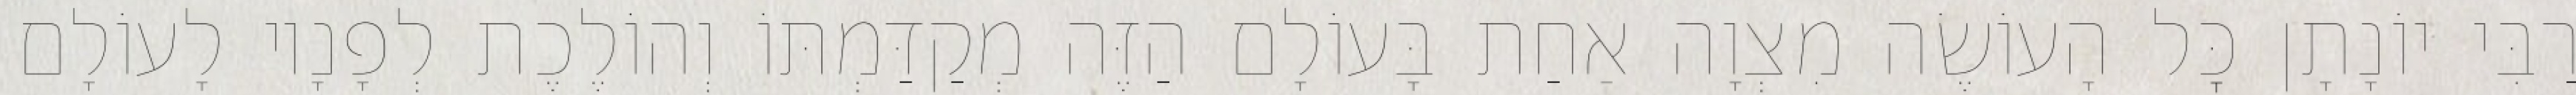
רַבִּי יוֹנָתָן כׇּל הָעוֹשֶׂה מִצְוָה אַחַת בָּעוֹלָם הַזֶּה מְקַדַּמְתּוֹ וְהוֹלֶכֶת לְפָנָיו לָעוֹלָם